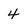
Character: 4